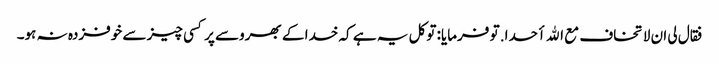
فقال لی ان لا تخاف مع الله أحدا. تو فرمایا: توکل یہ ہے کہ خدا کے بھروسے پر کسی چیز سے خوفزدہ نہ ہو۔